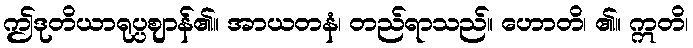
ဤဒုတိယာရုပ္ပဈာန်၏။ အာယတနံ၊ တည်ရာသည်။ ဟောတိ၊ ၏။ ဣတိ၊